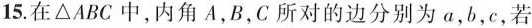
15.在\triangle ABC中，内角A，B，C所对的边分别为a，b，c，若